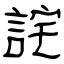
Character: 詫